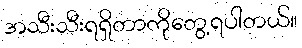
အသီးသီးရရှိတာကိုတွေ့ရပါတယ်။